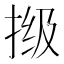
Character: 𫼾